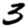
Digit: 3